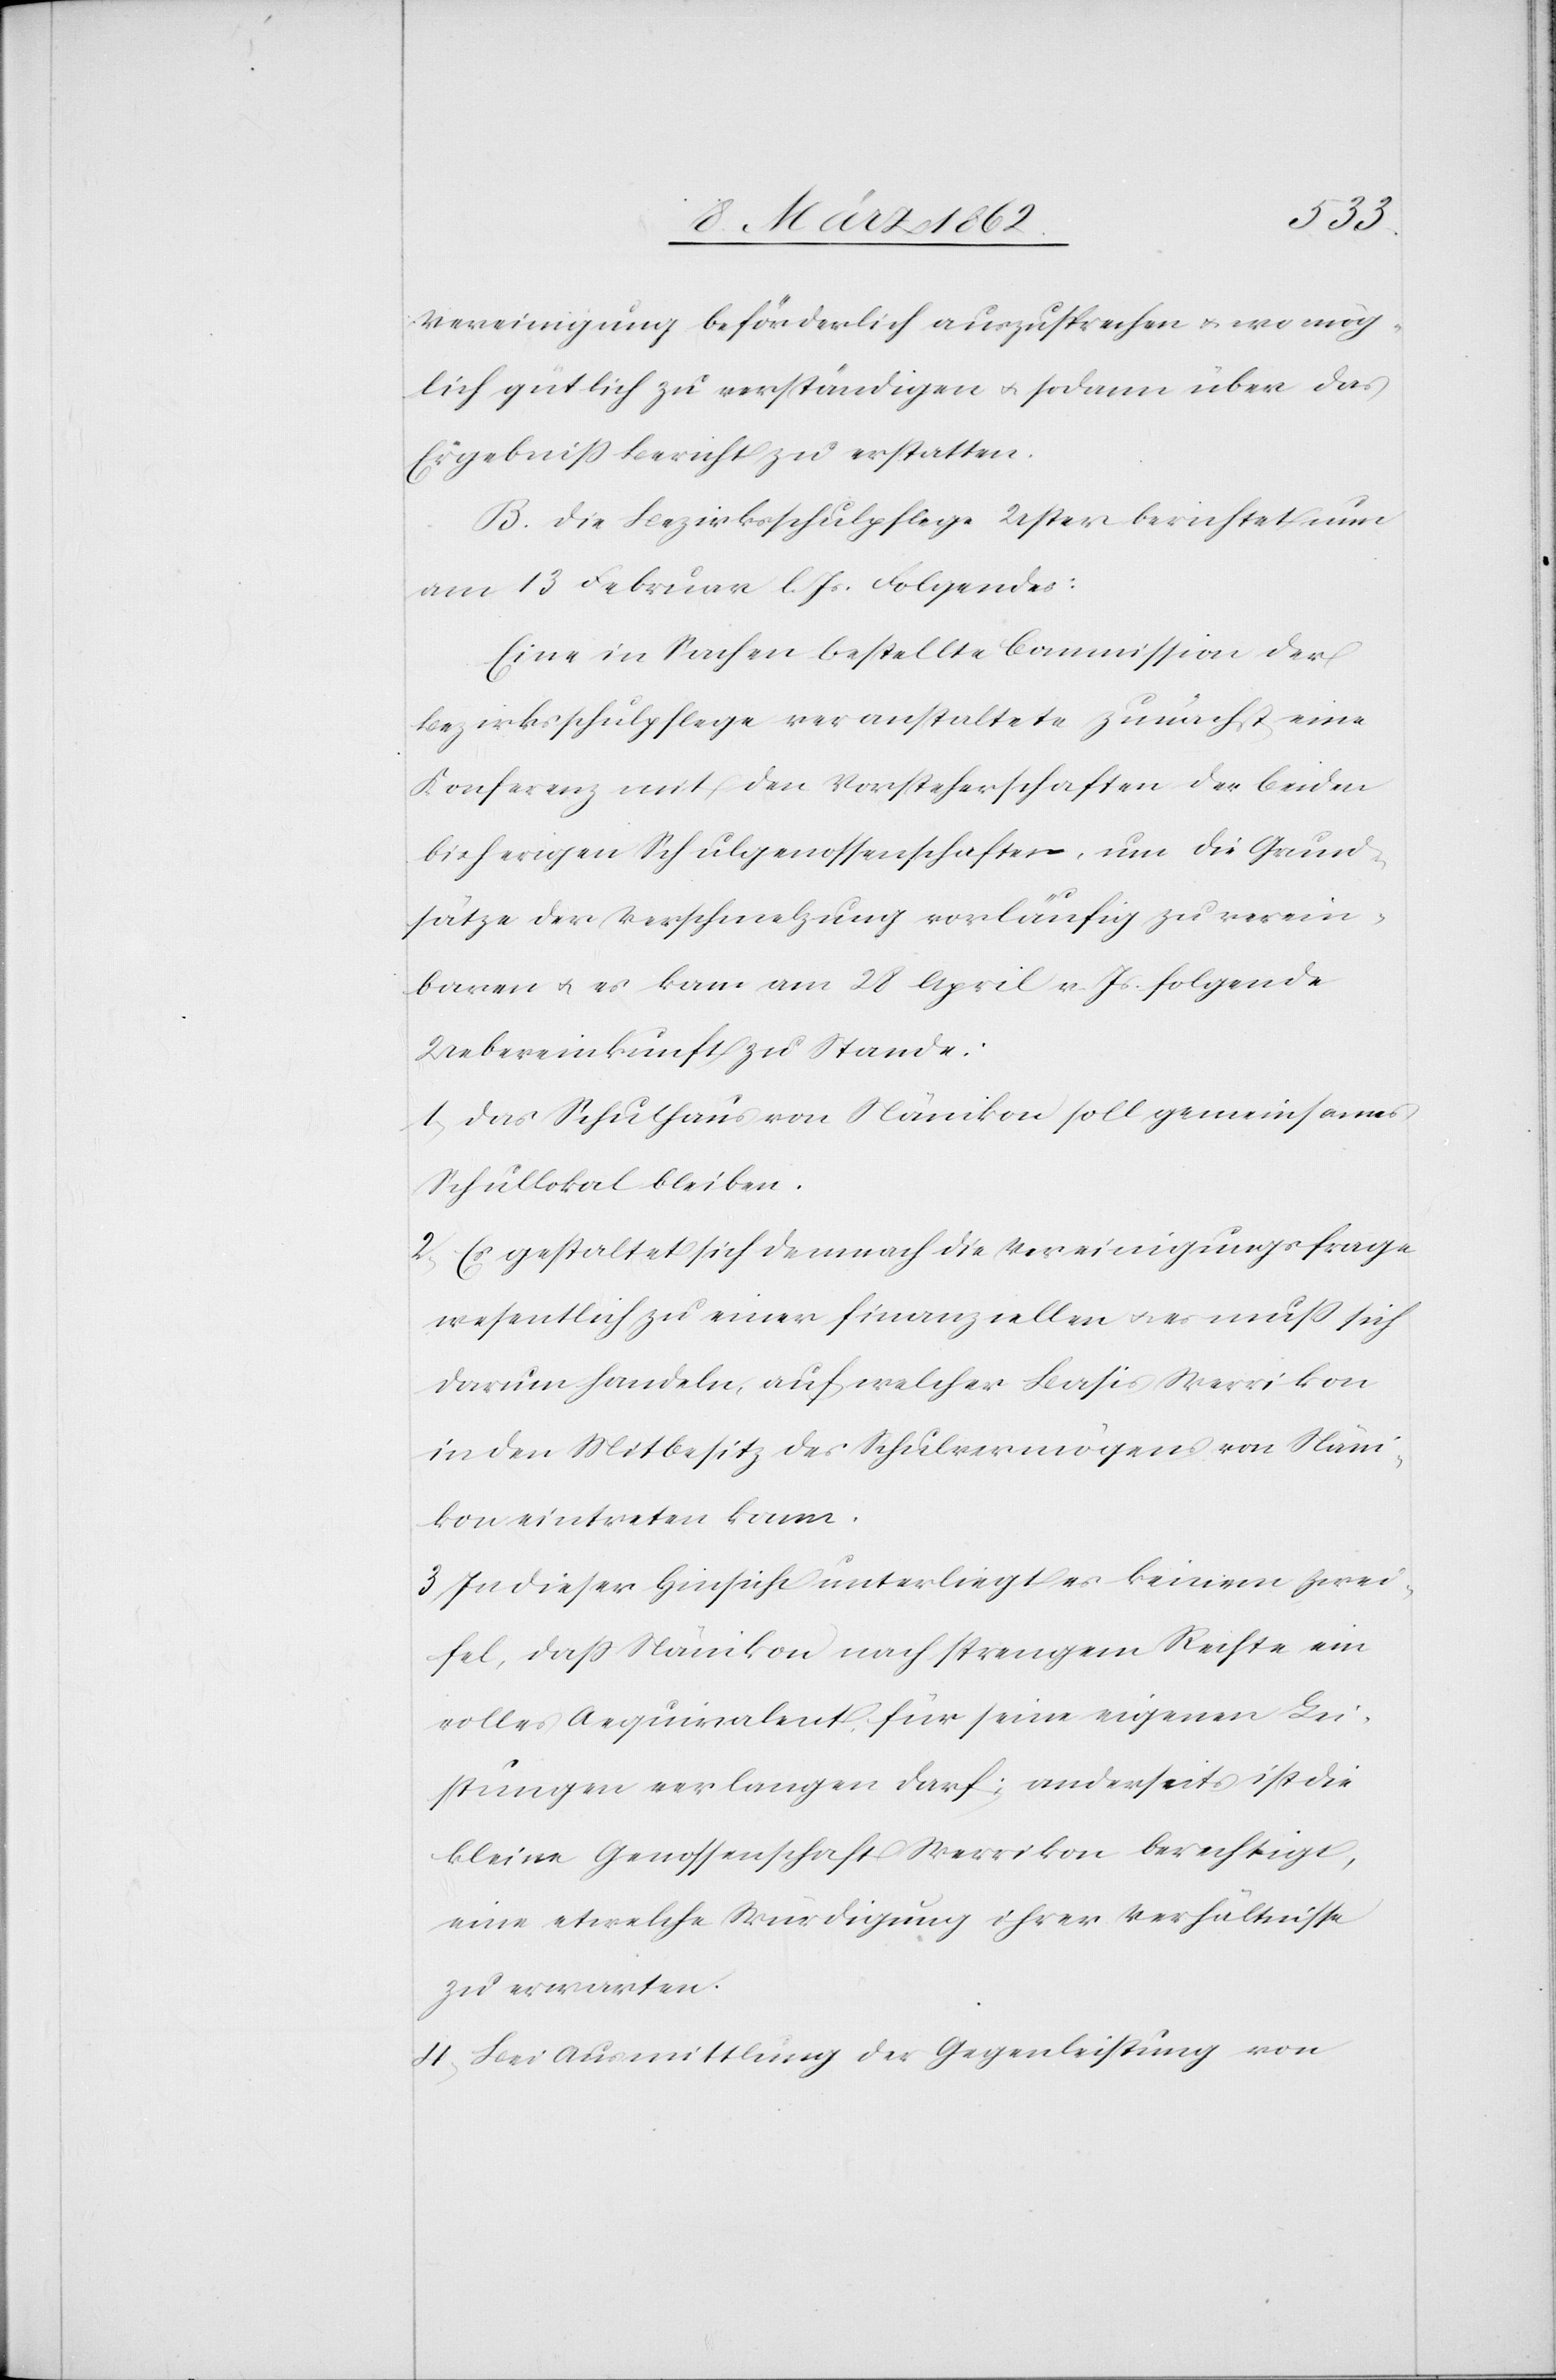
Vereinigung beförderlich auszusprechen u. wo mög¬
lich gut zu verständigen u. sodann über das
Ergebniß Bericht zu erstatten.
B. Die Bezirksschulpflege Uster berichtet nun
am 13 Februar l. Js. Folgendes:
Eine in Sachen bestellte Commission der
Bezirksschulpflege veranstaltete zunächst eine
Konferenz mit den Vorsteherschaften der beiden
bisherigen Schulgenossenschaften, um die Grund¬
sätze der Verschmelzung vorläufig zu verein¬
baren u. es kam am 28 April v. Js. folgende
Uebereinkunft zu Stande:
1) Das Schulhaus von Nänikon soll gemeinsames
Schullokal bleiben.
2) Es gestaltet sich demnach die Vereinigungsfrage
wesentlich zu einer finanziellen u. es muß sich
darum handeln, auf welcher Basis Werrikon
in den Mitbesitz des Schulvermögens von Näni¬
kon eintreten kann.
3) In dieser Hinsicht unterliegt es keinem Zwei¬
fel, daß Nänikon nach strengem Rechte ein
volles Aequivalent für seine eigenen Lei¬
stungen verlangen darf; anderseits ist die
kleine Genossenschaft Werrikon berechtigt,
eine etwelche Würdigung ihrer Verhältnisse
zu erwarten.
4) Bei Ausmittlung der Gegenleistung von